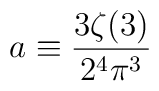
a \equiv \frac{3 \zeta(3)}{2^4 \pi^3}